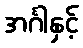
အင်္ဂါနှင့်